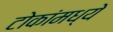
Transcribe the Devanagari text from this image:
टोकांमध्ये